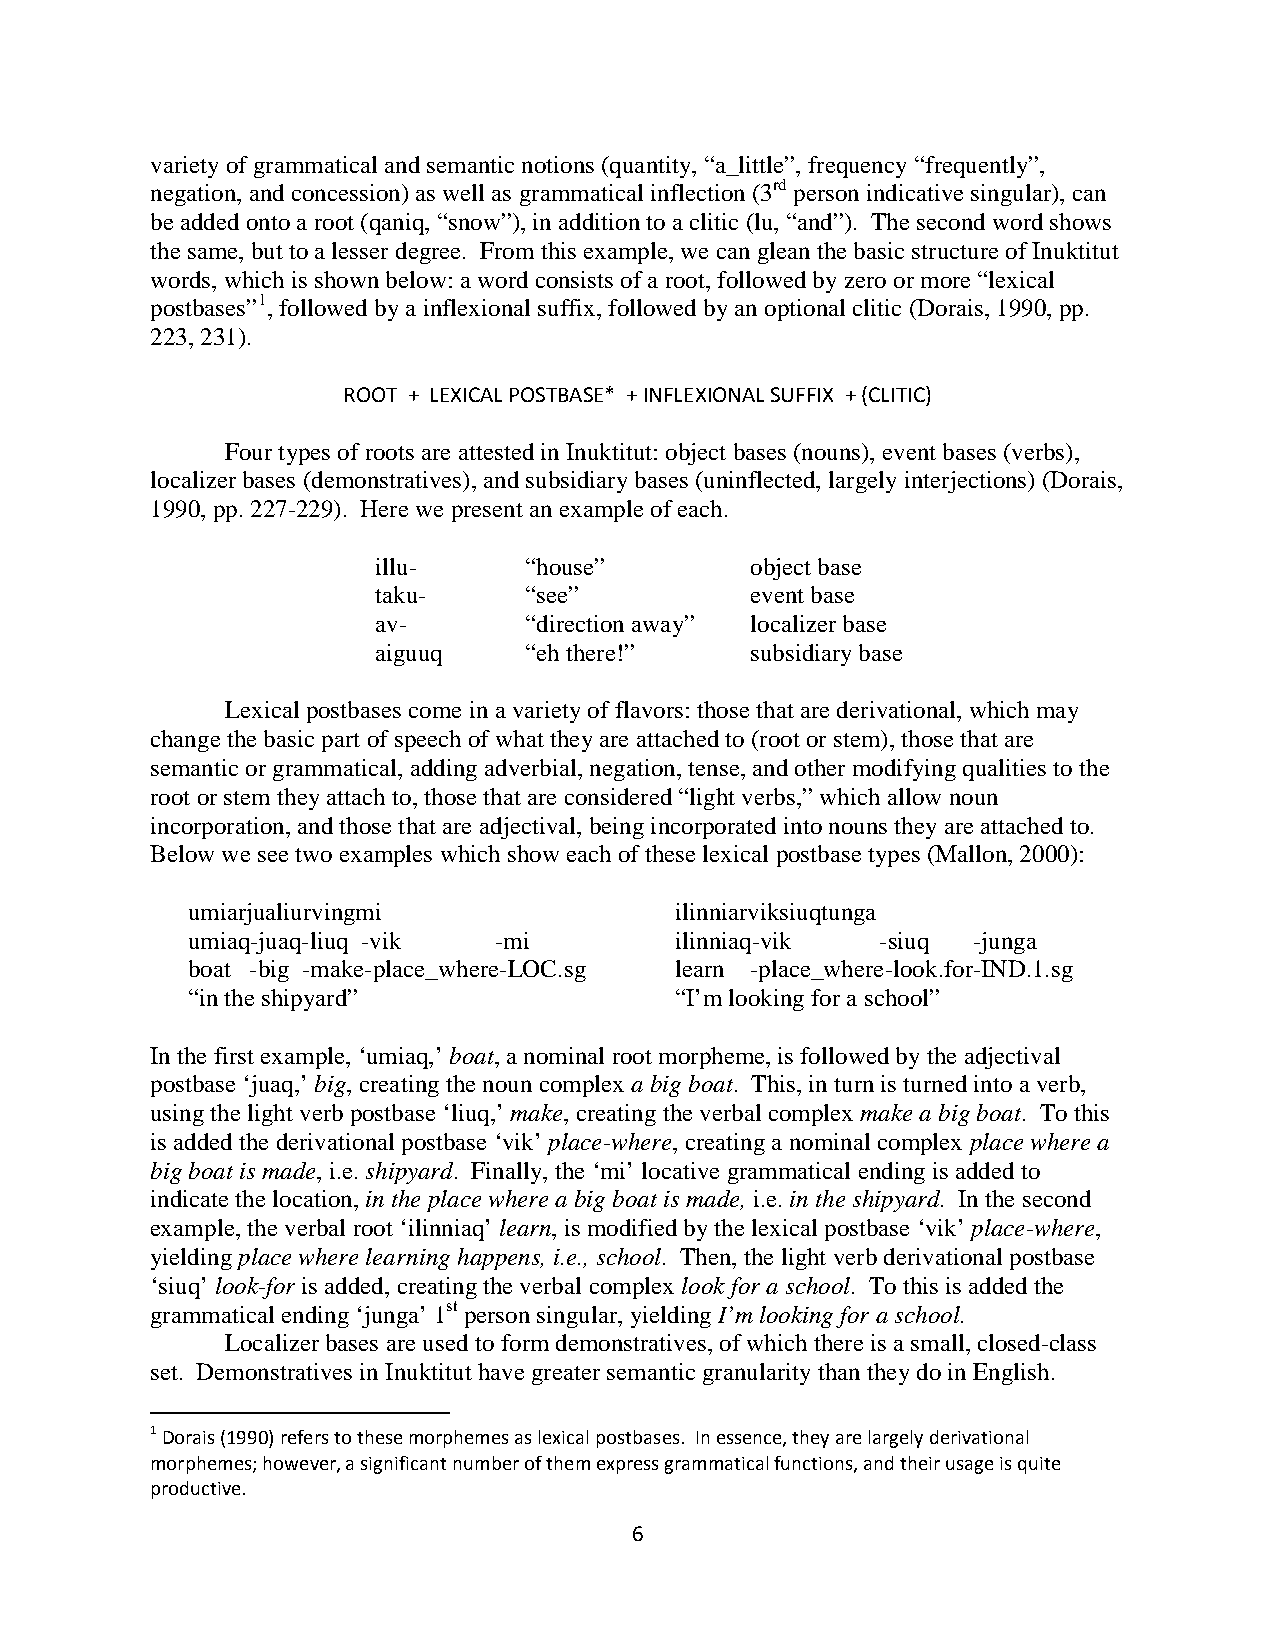
variety of grammatical and semantic notions (quantity, “a_little”, frequency “frequently”,
 negation, and concession) as well as grammatical inflection (3rd person indicative singular), can
 be added onto a root (qaniq, “snow”), in addition to a clitic (lu, “and”). The second word shows
 the same, but to a lesser degree. From this example, we can glean the basic structure of Inuktitut
 words, which is shown below: a word consists of a root, followed by zero or more “lexical
 postbases”1, followed by a inflexional suffix, followed by an optional clitic (Dorais, 1990, pp.
 223, 231).
 ROOT + LEXICAL POSTBASE* + INFLEXIONAL SUFFIX + (CLITIC)
 Four types of roots are attested in Inuktitut: object bases (nouns), event bases (verbs),
 localizer bases (demonstratives), and subsidiary bases (uninflected, largely interjections) (Dorais,
 1990, pp. 227-229). Here we present an example of each.
 illu-     “house”        object base
 taku-     “see”          event base
 av-       “direction away” localizer base
 aiguuq    “eh there!”    subsidiary base
 Lexical postbases come in a variety of flavors: those that are derivational, which may
 change the basic part of speech of what they are attached to (root or stem), those that are
 semantic or grammatical, adding adverbial, negation, tense, and other modifying qualities to the
 root or stem they attach to, those that are considered “light verbs,” which allow noun
 incorporation, and those that are adjectival, being incorporated into nouns they are attached to.
 Below we see two examples which show each of these lexical postbase types (Mallon, 2000):
 umiarjualiurvingmi               ilinniarviksiuqtunga
 umiaq-juaq-liuq -vik -mi         ilinniaq-vik -siuq -junga
 boat -big -make-place_where-LOC.sg learn -place_where-look.for-IND.1.sg
 “in the shipyard”                “I’m looking for a school”
 In the first example, ‘umiaq,’ boat, a nominal root morpheme, is followed by the adjectival
 postbase ‘juaq,’ big, creating the noun complex a big boat. This, in turn is turned into a verb,
 using the light verb postbase ‘liuq,’ make, creating the verbal complex make a big boat. To this
 is added the derivational postbase ‘vik’ place-where, creating a nominal complex place where a
 big boat is made, i.e. shipyard. Finally, the ‘mi’ locative grammatical ending is added to
 indicate the location, in the place where a big boat is made, i.e. in the shipyard. In the second
 example, the verbal root ‘ilinniaq’ learn, is modified by the lexical postbase ‘vik’ place-where,
 yielding place where learning happens, i.e., school. Then, the light verb derivational postbase
 ‘siuq’ look-for is added, creating the verbal complex look for a school. To this is added the
 grammatical ending ‘junga’ 1st person singular, yielding I’m looking for a school.
 Localizer bases are used to form demonstratives, of which there is a small, closed-class
 set. Demonstratives in Inuktitut have greater semantic granularity than they do in English.
 1 Dorais (1990) refers to these morphemes as lexical postbases. In essence, they are largely derivational
 morphemes; however, a significant number of them express grammatical functions, and their usage is quite
 productive.
 6